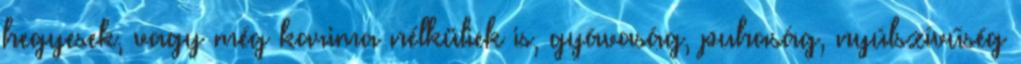
hegyesek, vagy még karima nélküliek is, gyávaság, puhaság, nyúlszívűség